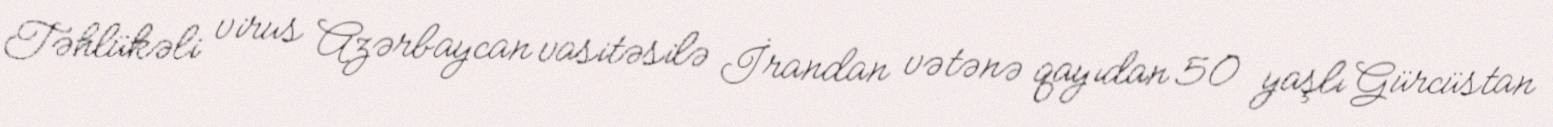
Təhlükəli virus Azərbaycan vasitəsilə İrandan vətənə qayıdan 50 yaşlı Gürcüstan